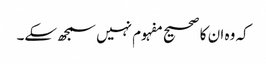
کہ وہ ان کا صحیح مفہوم نہیں سمجھ سکے۔